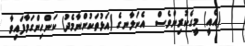
(އެއީ) މީގެކުރިންވެސް  އެކަލާނގެ (އަޅުތަކުންނާމެދު) ކަންހިންގަވާފައިވާ